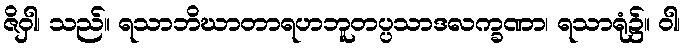
ဇိဝှါ၊ သည်။ ရသာဘိဃာတာရဟဘူတပ္ပသာဒလက္ခဏာ၊ ရသာရုံ၌။ ဝါ၊